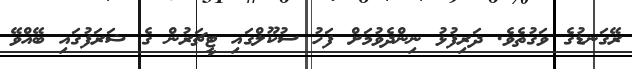
ރޭގަނޑުގެ ވަގުތެވެ. ދަރިފުޅު ނިންދެވުމަށް ފަހު ސުކޫލްގައި ޓީޗަރުން ގެ ޝަރަފުގައި ބޭއްވޭ